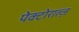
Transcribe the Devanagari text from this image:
पेक्टोराल्ज़